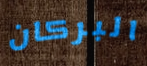
البركان